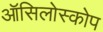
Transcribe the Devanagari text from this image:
ऑसिलोस्कोप